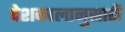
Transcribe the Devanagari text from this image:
देशकालानुसारी